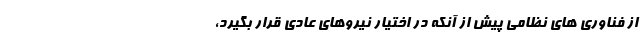
از فناوری های نظامی پیش از آنکه در اختیار نیروهای عادی قرار بگیرد،